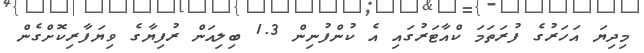
މިދިޔަ އަހަރުގެ ފުރަތަމަ ކްއާޓަރުގައި އެ ކުންފުނިން 1.3 ބިލިއަން ރުފިޔާގެ ވިޔަފާރިކޮށްގެން